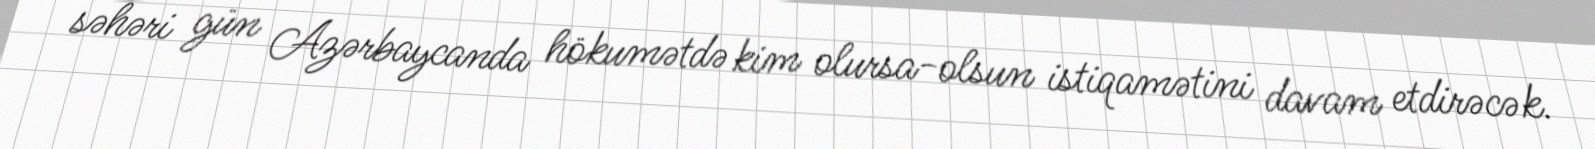
səhəri gün Azərbaycanda hökumətdə kim olursa-olsun istiqamətini davam etdirəcək.